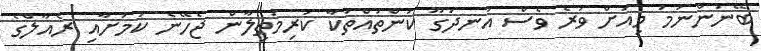
ބޭނުންނަމަ މިއަށް ވުރެ ވެސް އުނދަގޫ ކަންތައްތަކާ ކުރިމަތިލާން ޖެހޭނެ ކަމަށާއި ރެއާލްގެ